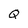
Character: Q